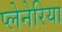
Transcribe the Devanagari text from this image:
प्लेनेरिया